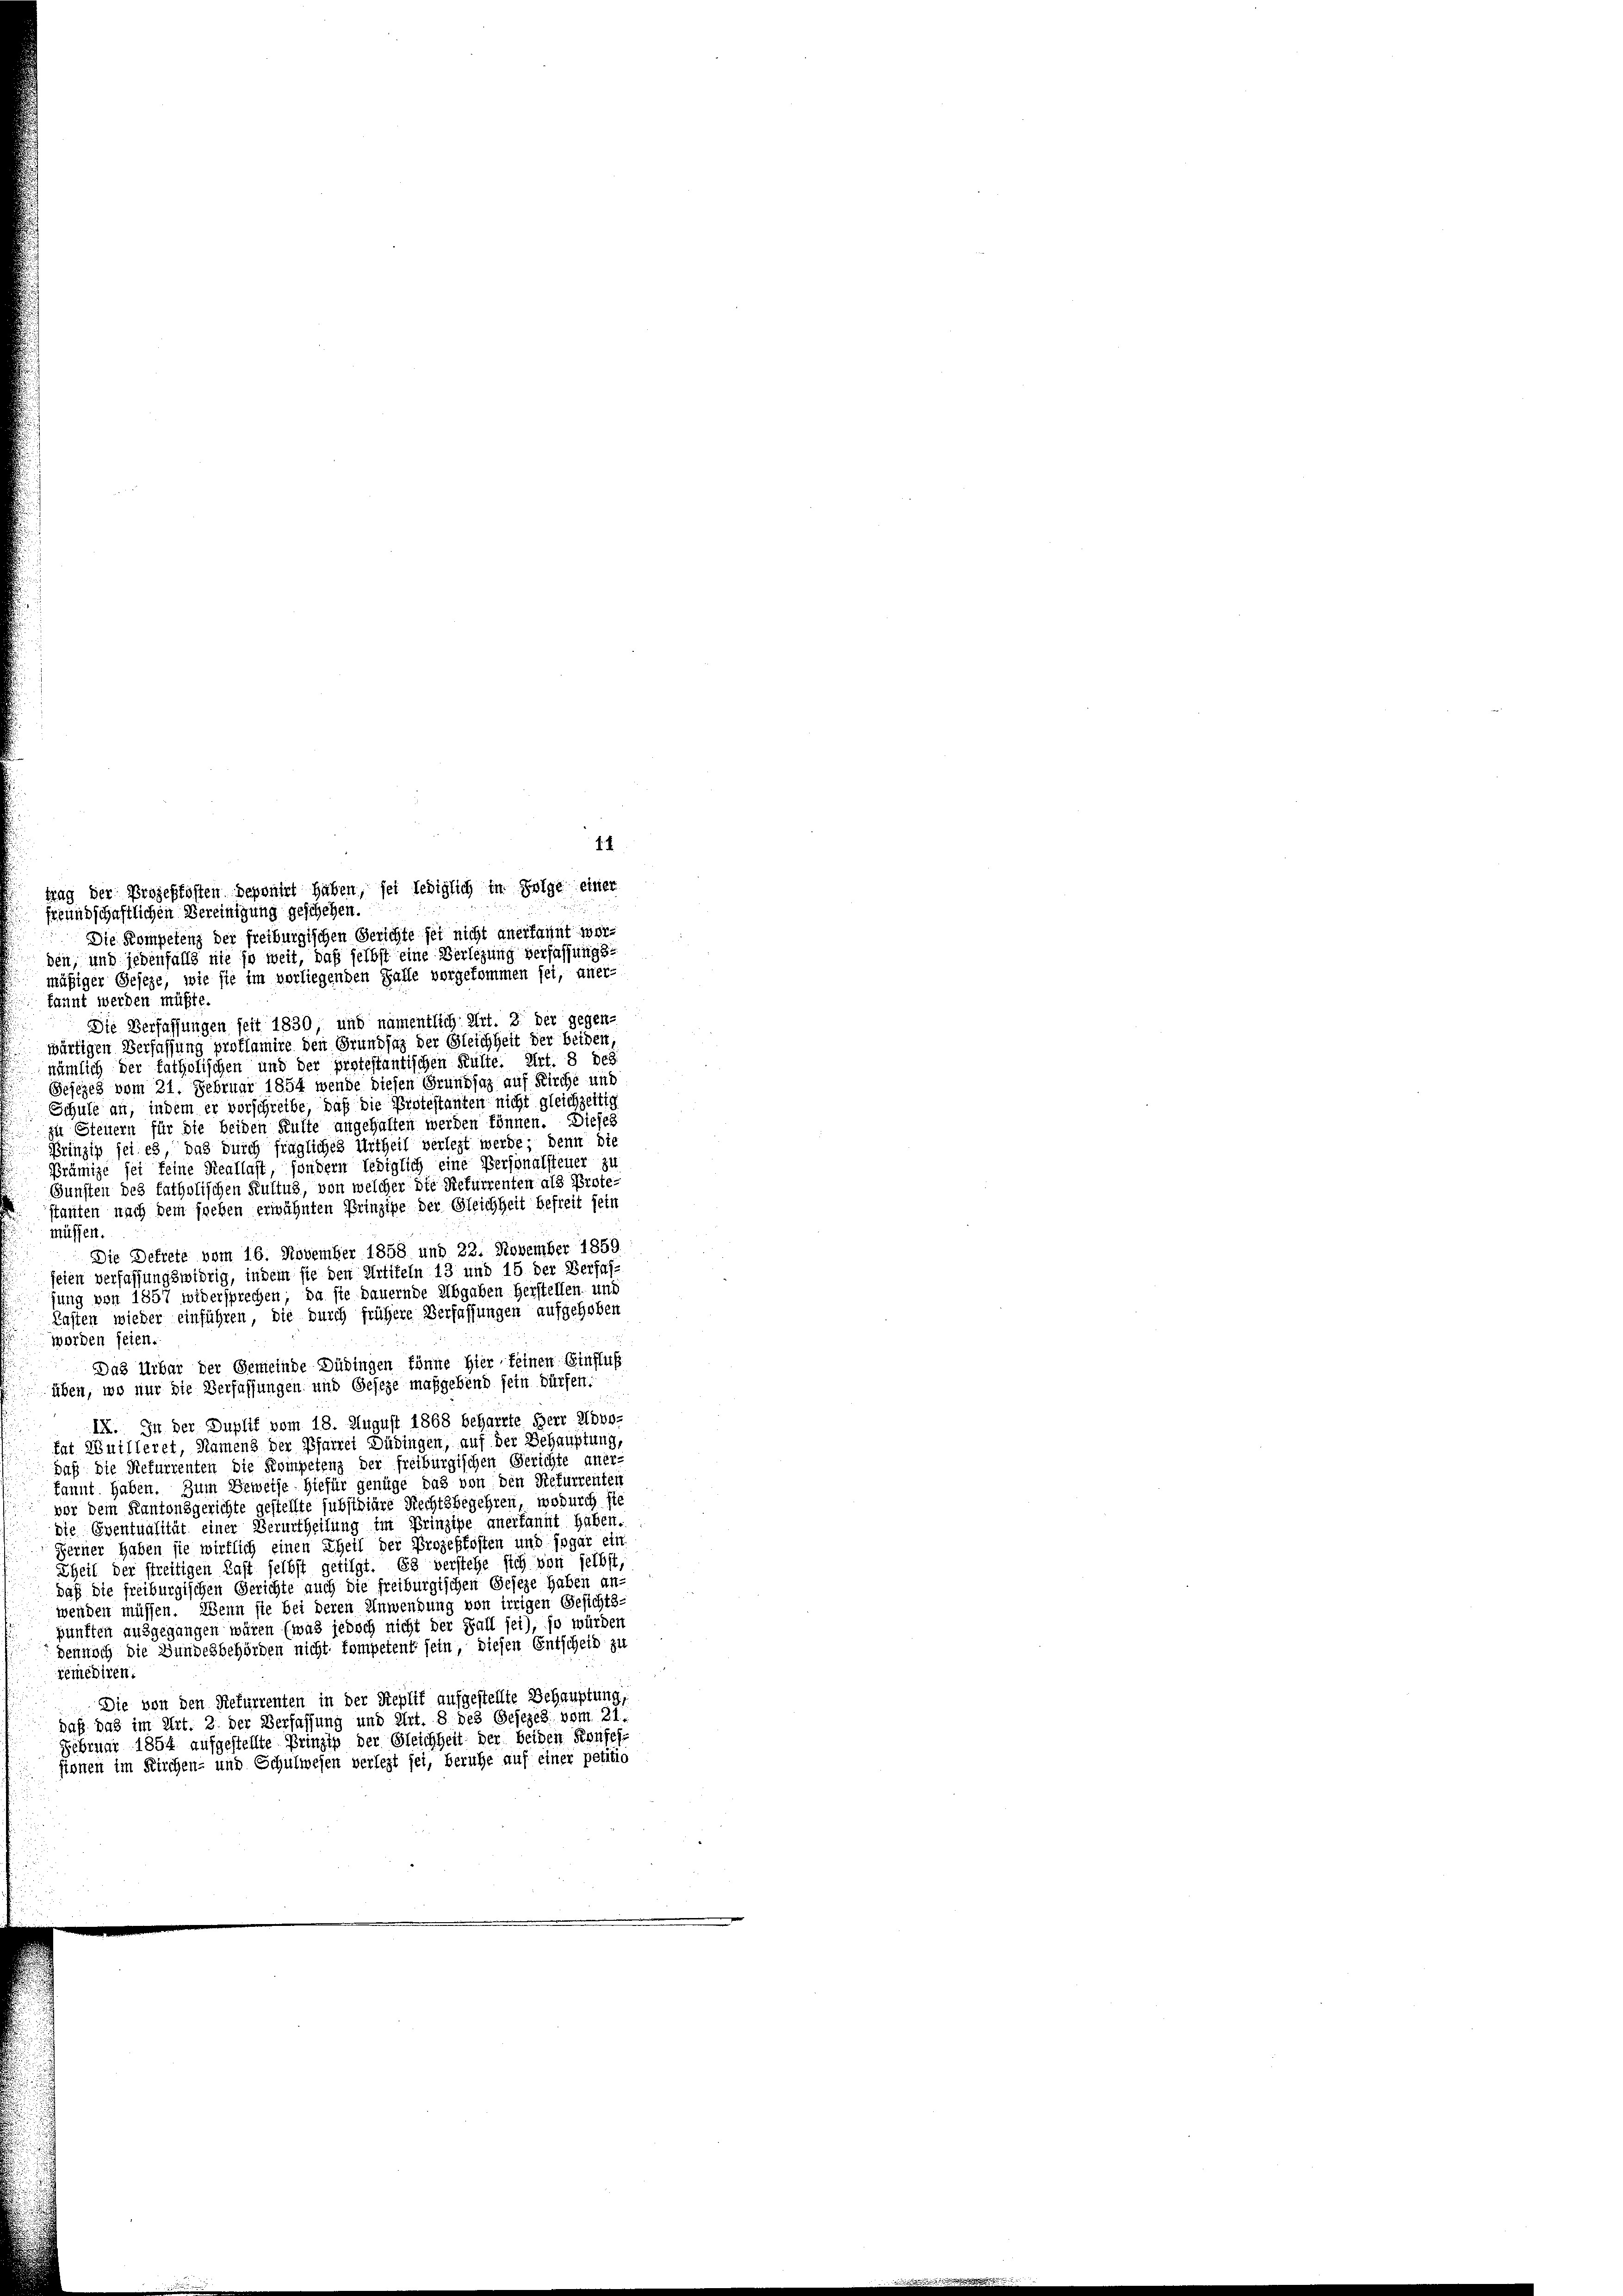
14
freundschaftlichen Vereinigung geschehen.
Die Kompetenz der freiburgischen Gerichte sei nicht anerkannt wer-
den, und jedenfalls nie so weit, daß selbst eine Verlegung verfassungsmäßiger Geseze, wie sie im vorliegenden Falle vorgekommen sei, aner-
kannt werden müßte.
Die Verfassungen seit 1830, und namentlich Art. 2 der gegen-
wärtigen Verfassung proflamire den Grundsaz der Gleichheit der beiden,
nämlich der fatholischen und der protestantischen Kulte. Art. 8 des
Gesezes vom 21. Februar 1854 wende diesen Grundsaz auf Kirche und
Schule an, indem er verschreibe, daß die Protestanten nicht gleichzeitig
zu Steuern für die beiden Kulte angehalten werden können. Dieses
Prinzip sei es das durch fragliches Urtheil verlegt werde; denn die
Prämige sei keine Reallast, sondern lediglich eine Personalsteuer zu
Gunsten des fatholischen Kultus, von welcher die Refurrenten als Prote
stanten nach dem soeben erwähnten Prinzipe der Gleichheit befreit sein
müssen.
Die Defiete vom 16. November 1858 und 22. November 1859
jeien verfassungswidrig, indem sie den Artikeln 13 und 15 der Verfas-
jung von 1857 widersprechen; da sie dauernde Abgaben Herstellen, und
Kasten wieder einführen, die durch frühere Verfassungen aufgehoben
worden seien.
Das Urbar der Gemeinde Büdingen könne Hier feinen Einfluß
üben, wo nur die Verfassungen und Geseze maßgebend sein Dürfen:
IX. In der Duplif vom 18. August 1868 beharrte Herr Udvo-
fat Muttleret, Namens der Pfarret Düringen, auf der Behauptung,
duß. Die Refurrenten die Kompetenz der freiburgischen Gerichte aner-
kannt. Haben. Zum Beweise hiefür genüge das von den Refurrenten
vor dem Kantonsgerichte gestellte subsidiäre Rechtsbegehren, wodurch ste
die Eventualität einer Verurtheilung im Prinzipe anerkannt haben.
Ferner haben sie wirklich einen Theil der Prozeßkosten und sogar ein
Theil der streitigen Last selbst getilgt. Es verstehe sich von selbst,
daß die freiburgischen Gerichte auch die freiburgischen Geseze haben an-
wenden müssen. Wenn sie bei deren Anwendung von irrigen Gesichts-
punkten ausgegangen wären (was jedoch nicht der Fall sei), so würden
Dennoch die Bundesbehörden nicht kompetent sein, diesen Entscheid zu
remediren.
Die von den Refurrenten in der Replit aufgestellte Behauptung,
daß das im Art. 2 der Verfassung und Art. 8 des Gesezes. vom 21.
Februar 1854 aufgestellte Prinzip der Gleichheit der beiden Konfes-
sionen im Kirchen- und Schulwesen verlegt sei, beruhe auf einer petitio

trag der Prozeßkosten Deponirt haben, sei lediglich in Folge einer